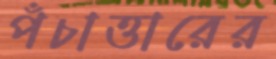
পঁচাত্তারের